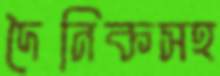
দৈনিকসহ